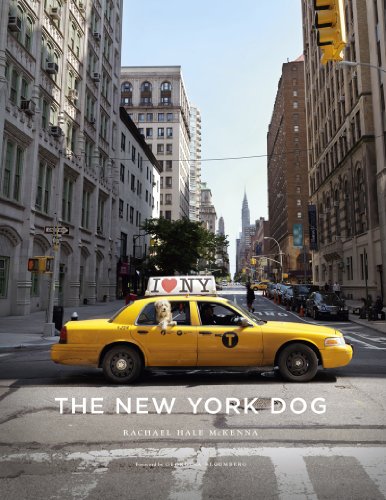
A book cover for The New York Dog; Rachael Hale McKenna; Travel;